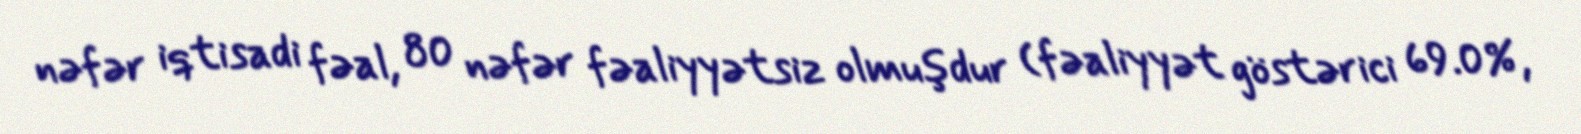
nəfər iqtisadi fəal, 80 nəfər fəaliyyətsiz olmuşdur (fəaliyyət göstərici 69.0%,